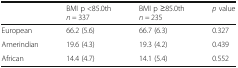
|  | BMI p <85.0thn = 337 | BMI p ≥85.0thn = 235 | p value |
 | --- | --- | --- | --- |
 | European | 66.2 (5.6) | 66.7 (6.3) | 0.327 |
 | Amerindian | 19.6 (4.3) | 19.3 (4.2) | 0.439 |
 | African | 14.4 (4.7) | 14.1 (5.4) | 0.552 |